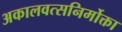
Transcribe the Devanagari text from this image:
अकालवत्सनिर्मोक्ता